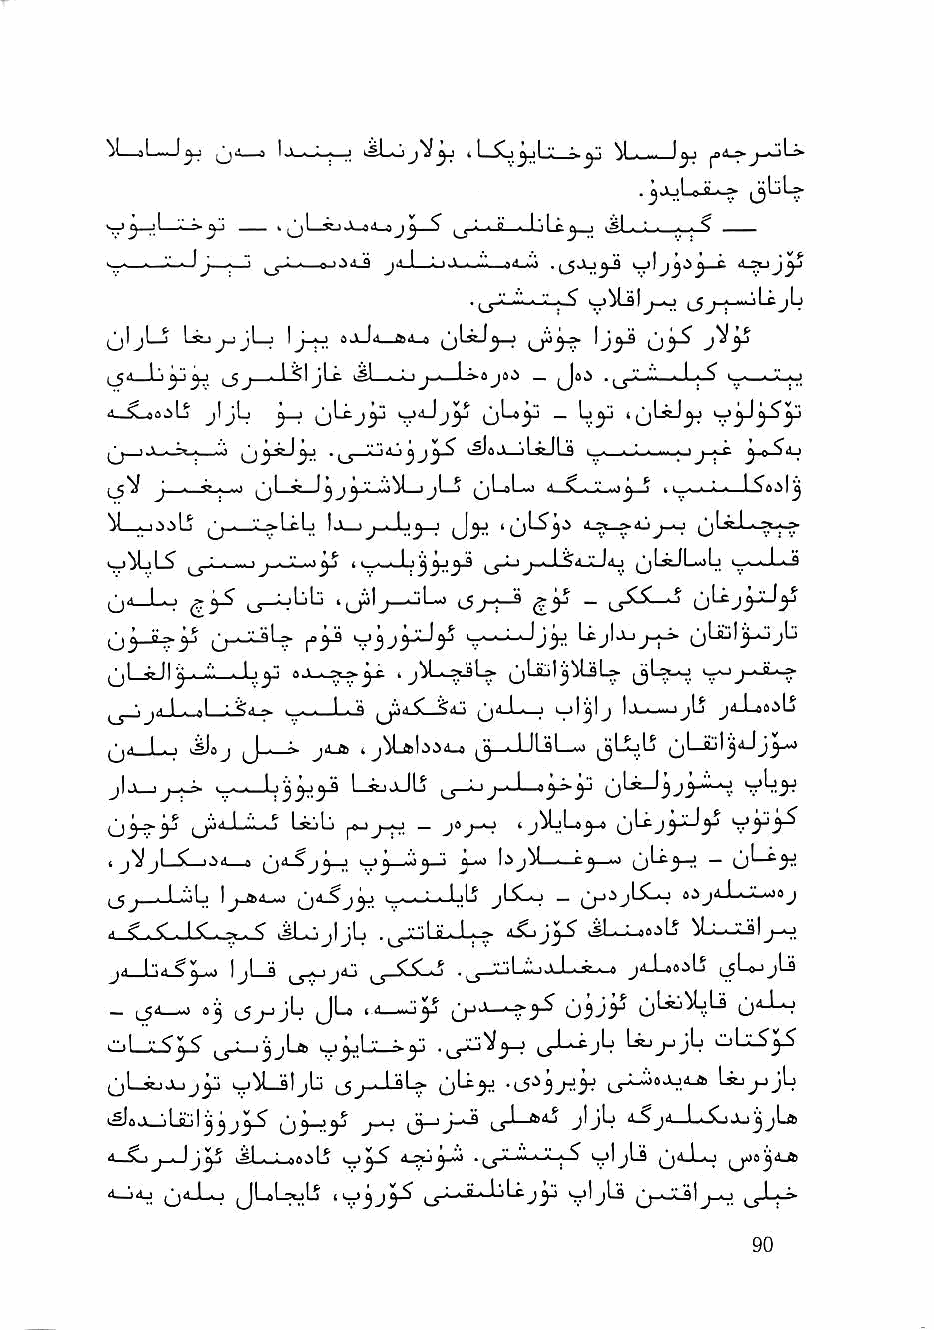
aL-w-l^  ^^ - - • '    ^ ^ ^'I '•' - ^'! ^ . ...
 .j J-;Lo i «.!> ^^LjL»
 « ^LjDJh-4d—»Jj S
 t_5 .»jLcjL
 jjljL-j Lij^jLj ojJa »A i> ^LstJ^^
 ^jil—Li^^ ^j .1^1 jLfc vSJ >-Lij-«„ 1 ^aja^ _ Joi .^j-V--'.—■-L>Jl i.^
 ^—SLtsi^Lj J ■ ^Lcjcp         _ Ij^
 , « . ^ . "f ^ '■'"^\jjj ^ ^sJi—jLsJLd L_-— ^.o-^'i-j
 *_Jj     jjl—5 (jLoL-j
 i
 M__-j.ijl5 ^ - '.' -^I f.1 1 !jl->j---l,|j—j >01^3-
 u'*—  <?5^ (_s-^^^ 'o^'j—:3l-~>        O^J^y
 ^j'-^j-r^ (jLiul^-jjb
 QljJIj. ^; .by 0
 ^ •.j-i 1 ■ .1 : ■ ■ ■ I ■ a jj4_L»_j i_il^lj I.>->,-'jIj j>i-l-»silj
 ^jii—!■■ I ^J——> jiJb 4 J^Lal.^i'l-» . 1 iLsL^i ijLajL (jLJijl^4jj^--»
 jla_i  I-       LsjjJb ^_5_o              0IJ3J
 u^y   c )^-^-b'""'--j L^b r^ 1-0 - j"j-^
 6>^3-' LT*      r-'j-r^- - yj-^
 I j)i jL^ piil_o       ^-40 [^j^—,■, r j—>j j — (jbx^
 ^_5^^__i_!_4jLi 1 j "■■' -■ i_._«_i_i_ljLS jLi-^ _ ai
 ^ g <. !<" . ^■ < iSL^jljL      jL^a-bb iL-AjisIj-o
 jd_b4-§^ tjLj    ^_^_S15LJ .,_j_;jLL>j_L..i—« ja-LesiLS ^jUjjLs
 _ ij-i—> 03 iJj->jb Jba       u'^y^ 6^^.'-^ u*"-^
 c^l-iLSyS ^y_i^JL^l y^Lz-i-y      Ujjjjb i_iLz5^
 jLrjJu  ^jiLsljb          -<-5^33^-3^       jb
 (3—'3"*^ tfiaj jljb bjCaAjj^Lft
 4—^      kM-kJ-aoiLj 4^3.^      oljLs ijaJLkj
 a—Kij    JLsL^Lj ii-jjj^-^ ^i-i j * 1 'Lc 4jj| jLs 1 j-o ^L»,i^